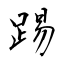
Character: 踢